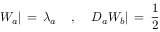
W _ { a } | \, = \, \lambda _ { a } \; \; \; \; , \; \; \; \; D _ { a } W _ { b } | \, = \, \frac { 1 } { 2 }